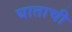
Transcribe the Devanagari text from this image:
घाताची